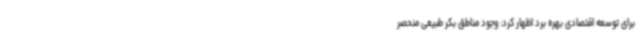
برای توسعه اقتصادی بهره برد اظهار کرد: وجود مناطق بکر طبیعی منحصر